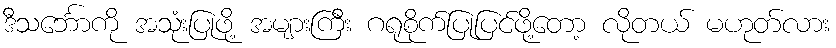
ဒီသင်္ဘောကို အသုံးပြုဖို့ အများကြီး ဂရုစိုက်ပြုပြင်ဖို့တော့ လိုတယ် မဟုတ်လား